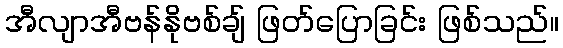
အီလျာအီဗန်နိုဗစ်ချ် ဖြတ်ပြောခြင်း ဖြစ်သည်။